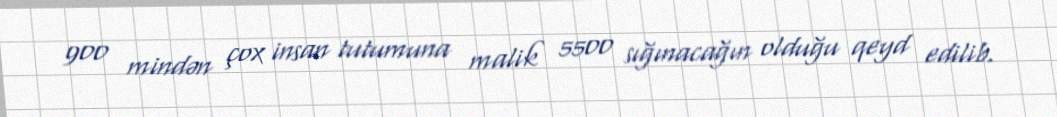
900 mindən çox insan tutumuna malik 5500 sığınacağın olduğu qeyd edilib.